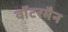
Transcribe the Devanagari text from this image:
वॉटरमैन